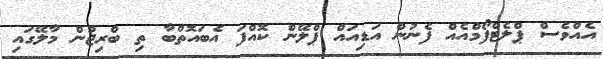
އެއްވެސް ޕްލެޓްފޯމްއެއް ފެނުން އަޑިއައް ޕްލޭން ކޮއްފަ އެބައޮތްބާ ތި ބްރިޖުން މާލޭގައި